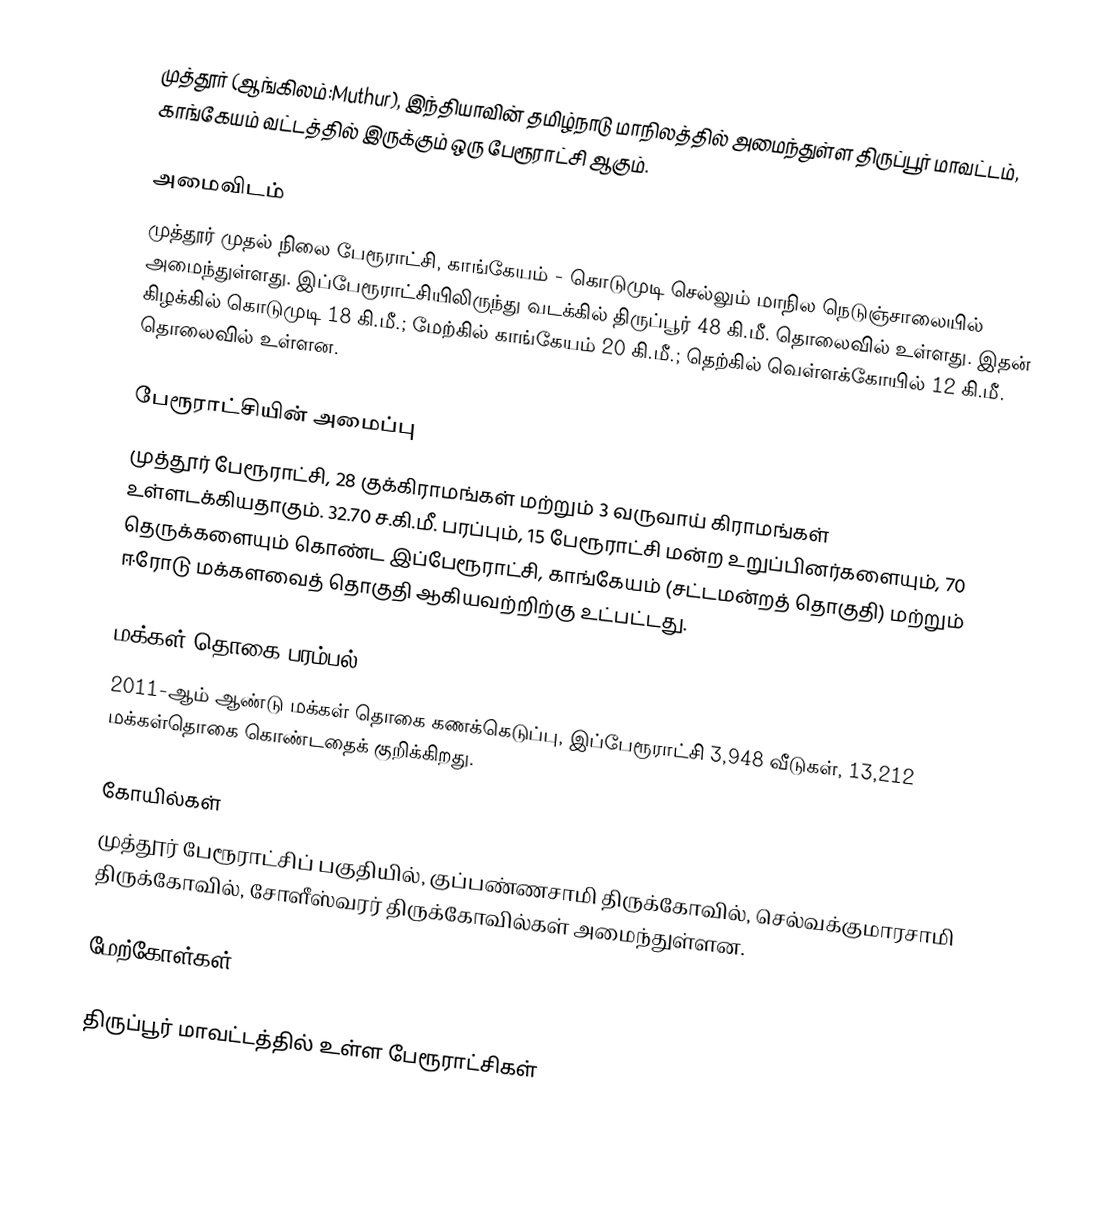
முத்தூர் (ஆங்கிலம்:Muthur), இந்தியாவின் தமிழ்நாடு மாநிலத்தில் அமைந்துள்ள திருப்பூர் மாவட்டம்,  காங்கேயம் வட்டத்தில் இருக்கும் ஒரு பேரூராட்சி ஆகும்.

அமைவிடம்
முத்தூர் முதல் நிலை பேரூராட்சி, காங்கேயம் - கொடுமுடி செல்லும் மாநில நெடுஞ்சாலையில் அமைந்துள்ளது. இப்பேரூராட்சியிலிருந்து வடக்கில்   திருப்பூர் 48 கி.மீ. தொலைவில் உள்ளது. இதன் கிழக்கில் கொடுமுடி 18 கி.மீ.; மேற்கில் காங்கேயம் 20 கி.மீ.; தெற்கில் வெள்ளக்கோயில் 12 கி.மீ. தொலைவில் உள்ளன.

பேரூராட்சியின் அமைப்பு
முத்தூர் பேரூராட்சி, 28 குக்கிராமங்கள் மற்றும் 3 வருவாய் கிராமங்கள் உள்ளடக்கியதாகும். 32.70 ச.கி.மீ. பரப்பும், 15 பேரூராட்சி மன்ற உறுப்பினர்களையும், 70 தெருக்களையும் கொண்ட இப்பேரூராட்சி, காங்கேயம்   (சட்டமன்றத் தொகுதி) மற்றும் ஈரோடு மக்களவைத் தொகுதி ஆகியவற்றிற்கு உட்பட்டது.

மக்கள் தொகை பரம்பல்
2011-ஆம் ஆண்டு மக்கள் தொகை கணக்கெடுப்பு, இப்பேரூராட்சி 3,948 வீடுகள், 13,212 மக்கள்தொகை கொண்டதைக் குறிக்கிறது.

கோயில்கள்
முத்தூர் பேரூராட்சிப் பகுதியில், குப்பண்ணசாமி திருக்கோவில், செல்வக்குமாரசாமி திருக்கோவில், சோளீஸ்வரர் திருக்கோவில்கள் அமைந்துள்ளன.

மேற்கோள்கள்

திருப்பூர் மாவட்டத்தில் உள்ள பேரூராட்சிகள்